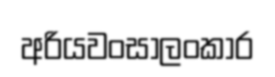
අරියවංසාලංකාර